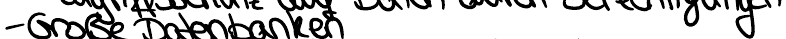
- Große Datenbanken